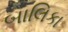
બાલિકા